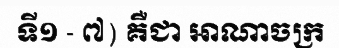
ទី១ - ៧) គឺជា អាណាចក្រ